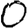
Digit: 0